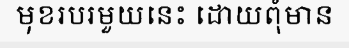
មុខរបរមួយនេះ ដោយពុំមាន